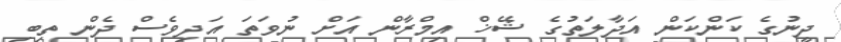
ދީނުގެ ކަންކަން އަދާލަތުގެ ޝޭޚް އިމްރާން އަށް ނުވަތަ އަދިވެސް ދެން ތިބި